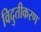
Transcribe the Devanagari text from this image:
विदुतीकरण